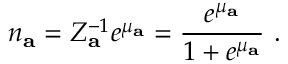
n _ { \mathbf { a } } = Z _ { \mathbf { a } } ^ { - 1 } e ^ { \mu _ { \mathbf { a } } } = \frac { e ^ { \mu _ { \mathbf { a } } } } { 1 + e ^ { \mu _ { \mathbf { a } } } } ~ .